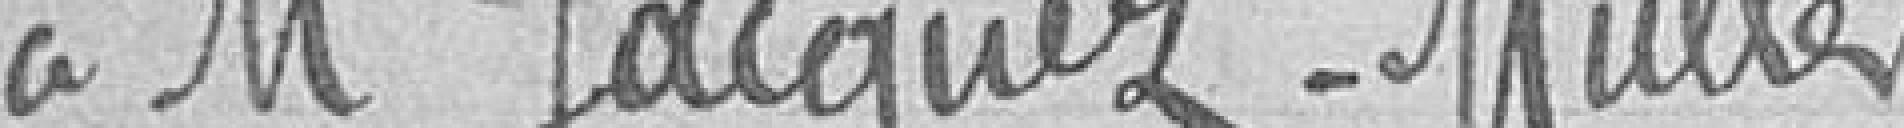
à M. Jacques-Muller